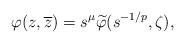
LaTeX: \begin{align*}\varphi(z,\overline z)= s^\mu \widetilde\varphi(s^{-1/p},\zeta), \end{align*}